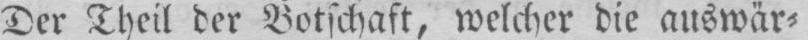
Der Theil der Botschaft, welcher die auswär⸗